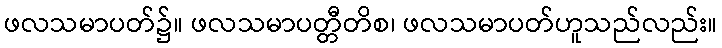
ဖလသမာပတ်၌။ ဖလသမာပတ္တီတိစ၊ ဖလသမာပတ်ဟူသည်လည်း။